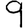
Digit: 9